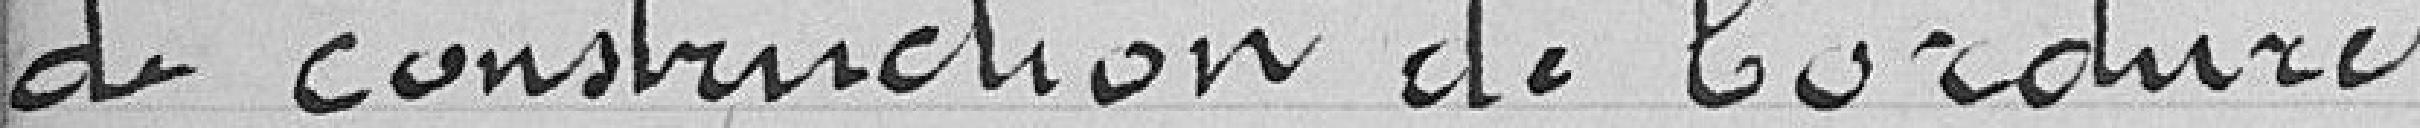
de construction de bordures